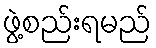
ဖွဲ့စည်းရမည်